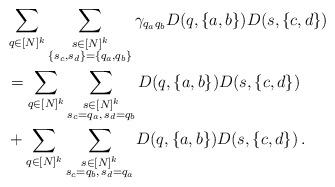
LaTeX: \begin{align*}&\sum_{q\in [N]^k} \sum_{\substack{s\in [N]^k\\ \{s_c, s_d\} = \{q_a, q_b\}}}\gamma_{q_aq_b}D(q, \{a,b\})D(s, \{c,d\})\\&=\sum_{q\in [N]^k} \sum_{\substack{s\in [N]^k\\ s_c=q_a,\, s_d=q_b}}D(q, \{a,b\})D(s, \{c,d\}) \\&+ \sum_{q\in [N]^k} \sum_{\substack{s\in [N]^k\\ s_c=q_b,\, s_d=q_a}}D(q, \{a,b\})D(s, \{c,d\})\, .\end{align*}